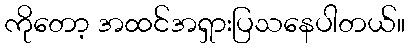
ကိုတော့ အထင်အရှားပြသနေပါတယ်။